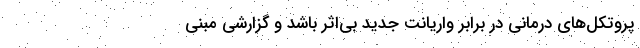
پروتکل‌های درمانی در برابر واریانت جدید بی‌اثر باشد و گزارشی مبنی